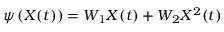
\psi \left( X ( t ) \right) = W _ { 1 } X ( t ) + W _ { 2 } X ^ { 2 } ( t )